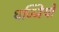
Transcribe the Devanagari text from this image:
धज्जियों